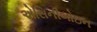
એસિનીબોઇન